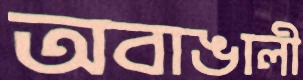
অবাঙালী